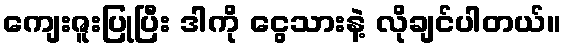
ကျေးဇူးပြုပြီး ဒါကို ငွေသားနဲ့ လိုချင်ပါတယ်။